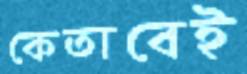
কেতাবেই